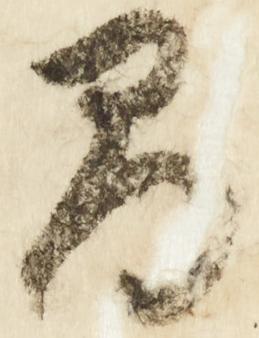
間